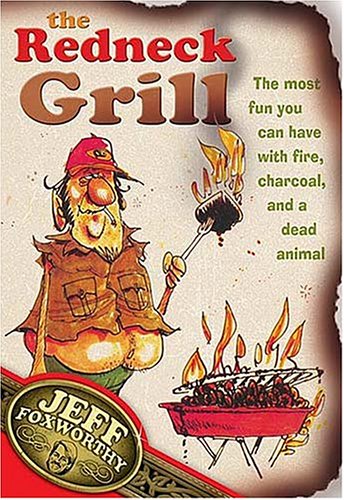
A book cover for The Redneck Grill: The Most Fun You Can Have with Fire, Charcoal, and a Dead Animal; Jeff Foxworthy; Humor & Entertainment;